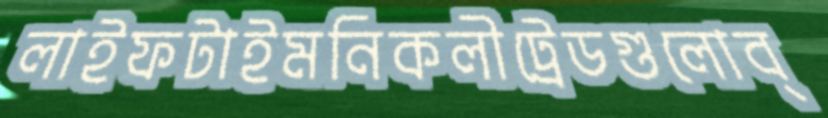
লাইফটাইমনিকলীট্রেডগুলোব্